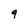
Character: 9